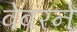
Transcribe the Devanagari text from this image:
वेबरने